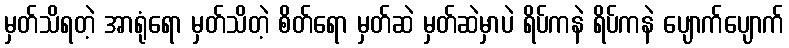
မှတ်သိရတဲ့ အာရုံရော မှတ်သိတဲ့ စိတ်ရော မှတ်ဆဲ မှတ်ဆဲမှာပဲ ရိပ်ကနဲ ရိပ်ကနဲ ပျောက်ပျောက်